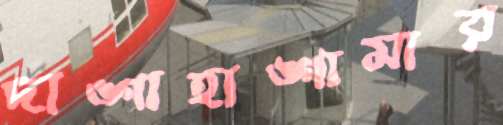
দাঙ্গাহাঙ্গামার